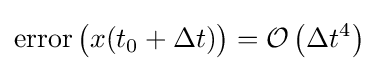
\operatorname {error} {\bigl (}x(t_{0}+\Delta t){\bigr )}={\mathcal {O}}\left(\Delta t^{4}\right)